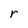
Character: r